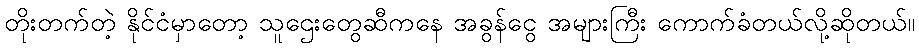
တိုးတက်တဲ့ နိုင်ငံမှာတော့ သူဌေးတွေဆီကနေ အခွန်ငွေ အများကြီး ကောက်ခံတယ်လို့ဆိုတယ်။